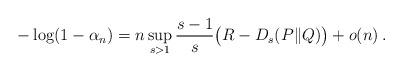
LaTeX: \begin{align*}- \log (1-\alpha_n) = n \sup_{s > 1} \frac{s-1}{s} \big(R - D_{s}(P\|Q) \big) + o(n) \,. \end{align*}